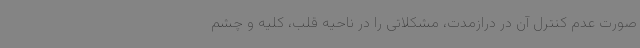
صورت عدم کنترل آن در درازمدت، مشکلاتی را در ناحیه قلب، کلیه و چشم